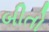
બીતો